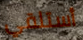
أستلقي